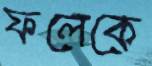
ফলেকে